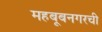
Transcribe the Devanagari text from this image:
महबूबनगरची